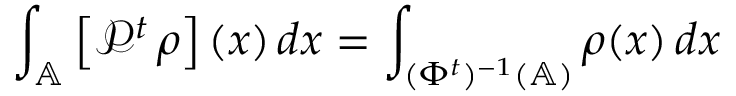
\int _ { \mathbb { A } } \left[ \mathcal { P } ^ { t } \, \rho \right] ( x ) \, d x = \int _ { ( \Phi ^ { t } ) ^ { - 1 } ( \mathbb { A } ) } \rho ( x ) \, d x